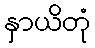
နှာယိတုံ